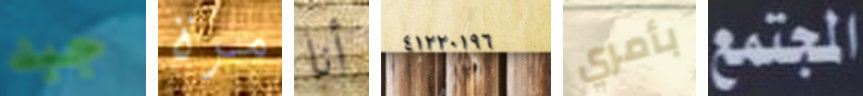
جيد مرة أنا ٤١٢٢٠١٩٦ بأمري المجتمع